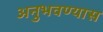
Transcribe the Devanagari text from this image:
अनुभवण्यास